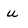
Character: u